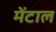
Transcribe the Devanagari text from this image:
मेंटाल